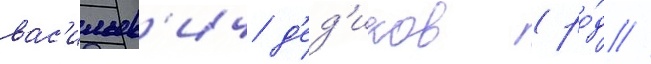
вас'ильев'ич д'ед'иков (ро́д //